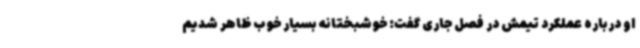
او درباره عملکرد تیمش در فصل جاری گفت: خوشبختانه بسیار خوب ظاهر شدیم